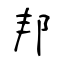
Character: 邦